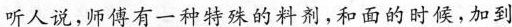
听人说，师傅有一种特殊的料剂，和面的时候，加到